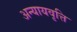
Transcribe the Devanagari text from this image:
अन्यायवृत्ति